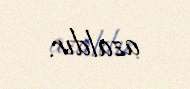
azaldır.